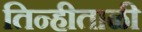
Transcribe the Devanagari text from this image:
तिन्हीताळी